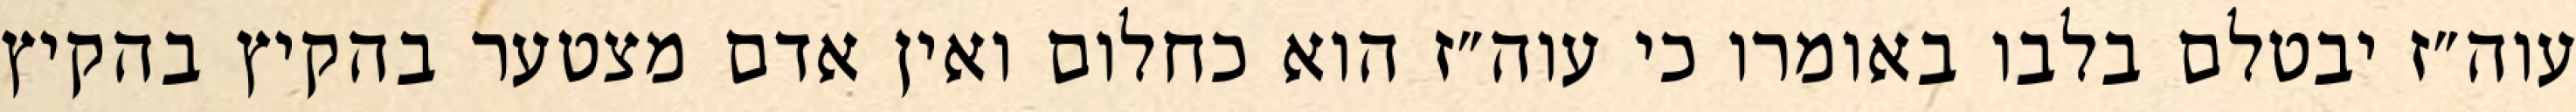
עוה״ז יבטלם בלבו באומרו כי עוה״ז הוא כחלום ואין אדם מצטער בהקיץ בהקיץ